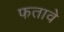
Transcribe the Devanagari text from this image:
फतावे